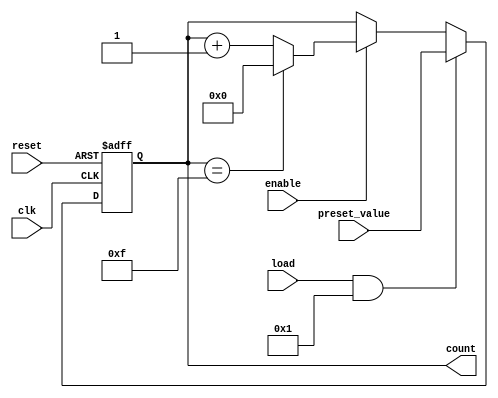
module parameterized_counter #(
    parameter WIDTH = 4,                // Bit-width of the counter
    parameter COUNT_DIR = 1,            // 1 for up counting, 0 for down counting
    parameter LOAD_ENABLE = 1            // 1 to enable loading a preset value
)(
    input wire clk,                      // Clock signal
    input wire reset,                    // Active-high reset signal
    input wire load,                     // Active-high load signal
    input wire [WIDTH-1:0] preset_value, // Value to load into the counter
    input wire enable,                   // Enable counting operation
    output reg [WIDTH-1:0] count        // Current value of the counter
);

    localparam MAX_COUNT = (1 << WIDTH) - 1; // Maximum count value

    always @(posedge clk or posedge reset) begin
        if (reset) begin
            count <= 0; // Reset the counter to zero
        end else if (load && LOAD_ENABLE) begin
            count <= preset_value; // Load the preset value
        end else if (enable) begin
            if (COUNT_DIR) begin
                // Count up
                if (count == MAX_COUNT) begin
                    count <= 0; // Wrap around to zero
                end else begin
                    count <= count + 1; // Increment the counter
                end
            end else begin
                // Count down
                if (count == 0) begin
                    count <= MAX_COUNT; // Wrap around to MAX_COUNT
                end else begin
                    count <= count - 1; // Decrement the counter
                end
            end
        end
        // If enable is low, hold the current value
    end

endmodule